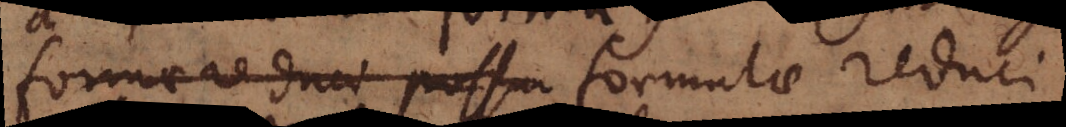
formae duae possun formulae reduci